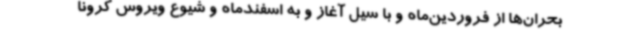
بحران‌ها از فروردین‌ماه و با سیل آغاز و به اسفندماه و شیوع ویروس کرونا